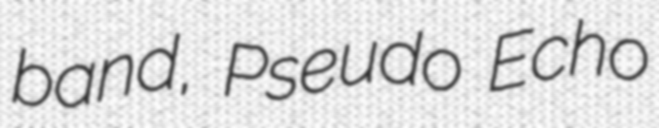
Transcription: band, Pseudo Echo